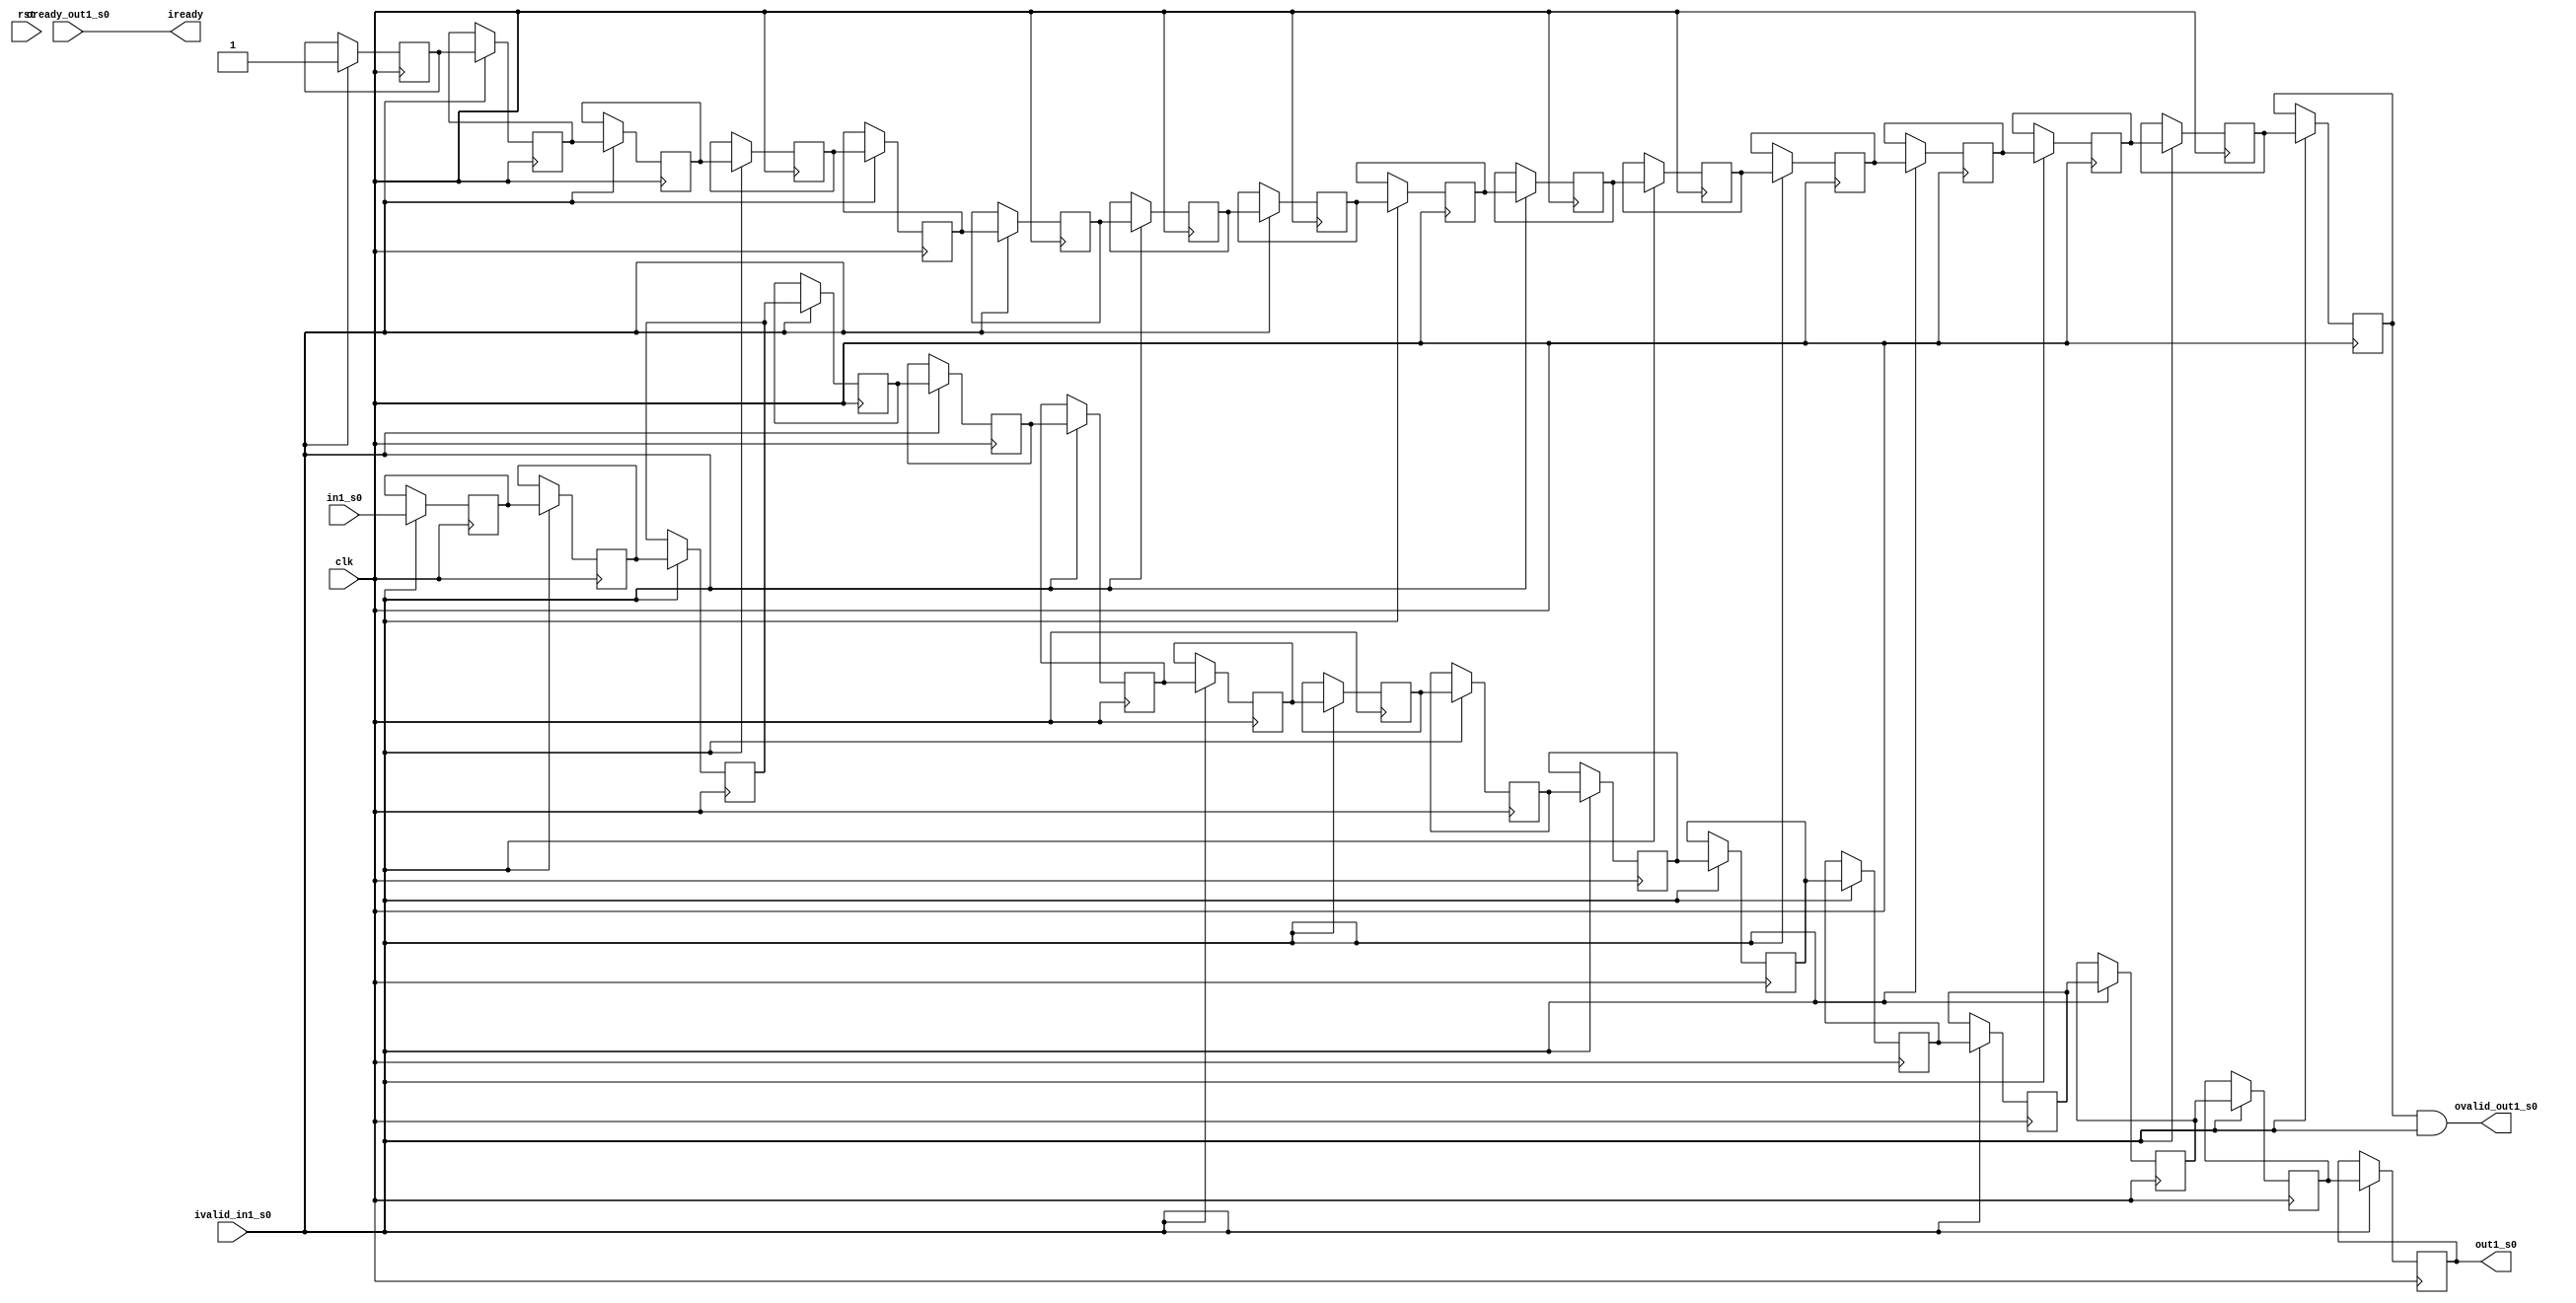
// =============================================================================
// Company              : Unversity of Glasgow, Comuting Science
// Template Author      :        Syed Waqar Nabi
//
// Project Name         : TyTra
//
// Target Devices       : Stratix V 
//
// Generated Design Name: untitled
// Generated Module Name: coriolis_ker1_subker1_y_yn_b 
// Generator Version    : R17.0
// Generator TimeStamp  : Thu Jul 25 11:54:14 2019
// 
// Dependencies         : <dependencies>
//
// 
// =============================================================================

// =============================================================================
// General Description
// -----------------------------------------------------------------------------
// Template for axi4 stream compatible buffer used in TyBEC synchronize parallel
// paths with mismatched latencies. 
// Can be used to generate buffer with multiple "taps" for the same data
// ============================================================================= 

module coriolis_ker1_subker1_y_yn_b
#(  
    parameter STREAMW = 34
  , parameter SIZE    = 16
)

(
// =============================================================================
// ** Ports 
// =============================================================================
    input                     clk   
  , input                     rst   	
  , output                    iready
  , input                     ivalid_in1_s0
  , input      [STREAMW-1:0]  in1_s0
  
  , output                    ovalid_out1_s0

  , input                     oready_out1_s0

  , output     [STREAMW-1:0]  out1_s0 // at delay = 16 

);

//shift register bank for data, and ovalid(s)
reg [STREAMW-1:0] offsetRegBank [0:SIZE-1];   
reg               valid_shifter [0:SIZE-1];   

//local oready only asserted when *all* outputs are ready
assign oready = 1'b1
  & oready_out1_s0
  ;

//iready when all oready's asserted
assign iready = oready;
              
//tap at relevant delays
//the valid shifter takes care of the initial latency of filling up the buffer
//if ivalid is negated anytime during operation, we simply freeze the stream buffer
//so the valid shifter never gets a "0" in there (and the data shift register never reads 
//invalid data). This contiguity of *valid* data ensures that data of a certain "offset" is 
//always available at a fixed location

assign ovalid_out1_s0 = valid_shifter[16-1] & ivalid_in1_s0;

assign out1_s0 = offsetRegBank[16-1]; // at delay = 16 

//SHIFT write

always @(posedge clk) begin 
  if(ivalid_in1_s0) begin
    offsetRegBank[0]  <=  in1_s0; 
    valid_shifter[0]  <=  ivalid_in1_s0;
    offsetRegBank[1]  <=  offsetRegBank[1-1];
    valid_shifter[1]  <=  valid_shifter[1-1];
    offsetRegBank[2]  <=  offsetRegBank[2-1];
    valid_shifter[2]  <=  valid_shifter[2-1];
    offsetRegBank[3]  <=  offsetRegBank[3-1];
    valid_shifter[3]  <=  valid_shifter[3-1];
    offsetRegBank[4]  <=  offsetRegBank[4-1];
    valid_shifter[4]  <=  valid_shifter[4-1];
    offsetRegBank[5]  <=  offsetRegBank[5-1];
    valid_shifter[5]  <=  valid_shifter[5-1];
    offsetRegBank[6]  <=  offsetRegBank[6-1];
    valid_shifter[6]  <=  valid_shifter[6-1];
    offsetRegBank[7]  <=  offsetRegBank[7-1];
    valid_shifter[7]  <=  valid_shifter[7-1];
    offsetRegBank[8]  <=  offsetRegBank[8-1];
    valid_shifter[8]  <=  valid_shifter[8-1];
    offsetRegBank[9]  <=  offsetRegBank[9-1];
    valid_shifter[9]  <=  valid_shifter[9-1];
    offsetRegBank[10]  <=  offsetRegBank[10-1];
    valid_shifter[10]  <=  valid_shifter[10-1];
    offsetRegBank[11]  <=  offsetRegBank[11-1];
    valid_shifter[11]  <=  valid_shifter[11-1];
    offsetRegBank[12]  <=  offsetRegBank[12-1];
    valid_shifter[12]  <=  valid_shifter[12-1];
    offsetRegBank[13]  <=  offsetRegBank[13-1];
    valid_shifter[13]  <=  valid_shifter[13-1];
    offsetRegBank[14]  <=  offsetRegBank[14-1];
    valid_shifter[14]  <=  valid_shifter[14-1];
    offsetRegBank[15]  <=  offsetRegBank[15-1];
    valid_shifter[15]  <=  valid_shifter[15-1];

  end else begin
    offsetRegBank[0]  <=  offsetRegBank[0];
    valid_shifter[0]  <=  valid_shifter[0];
    offsetRegBank[1]  <=  offsetRegBank[1];
    valid_shifter[1]  <=  valid_shifter[1];
    offsetRegBank[2]  <=  offsetRegBank[2];
    valid_shifter[2]  <=  valid_shifter[2];
    offsetRegBank[3]  <=  offsetRegBank[3];
    valid_shifter[3]  <=  valid_shifter[3];
    offsetRegBank[4]  <=  offsetRegBank[4];
    valid_shifter[4]  <=  valid_shifter[4];
    offsetRegBank[5]  <=  offsetRegBank[5];
    valid_shifter[5]  <=  valid_shifter[5];
    offsetRegBank[6]  <=  offsetRegBank[6];
    valid_shifter[6]  <=  valid_shifter[6];
    offsetRegBank[7]  <=  offsetRegBank[7];
    valid_shifter[7]  <=  valid_shifter[7];
    offsetRegBank[8]  <=  offsetRegBank[8];
    valid_shifter[8]  <=  valid_shifter[8];
    offsetRegBank[9]  <=  offsetRegBank[9];
    valid_shifter[9]  <=  valid_shifter[9];
    offsetRegBank[10]  <=  offsetRegBank[10];
    valid_shifter[10]  <=  valid_shifter[10];
    offsetRegBank[11]  <=  offsetRegBank[11];
    valid_shifter[11]  <=  valid_shifter[11];
    offsetRegBank[12]  <=  offsetRegBank[12];
    valid_shifter[12]  <=  valid_shifter[12];
    offsetRegBank[13]  <=  offsetRegBank[13];
    valid_shifter[13]  <=  valid_shifter[13];
    offsetRegBank[14]  <=  offsetRegBank[14];
    valid_shifter[14]  <=  valid_shifter[14];
    offsetRegBank[15]  <=  offsetRegBank[15];
    valid_shifter[15]  <=  valid_shifter[15];

  end
end

endmodule